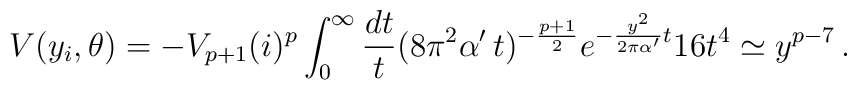
V(y_i,\theta) = - V_{p+1} (i)^p \int_0^\infty \frac{dt}{t}(8 \pi^2\alpha'\,t)^{-\frac{p+1}{2}}  e^{-\frac{y^2}{2 \pi \alpha'}t} 16  t^4\simeq y^{p-7}\,.